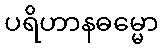
ပရိဟာနဓမ္မော